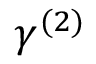
\gamma ^ { ( 2 ) }